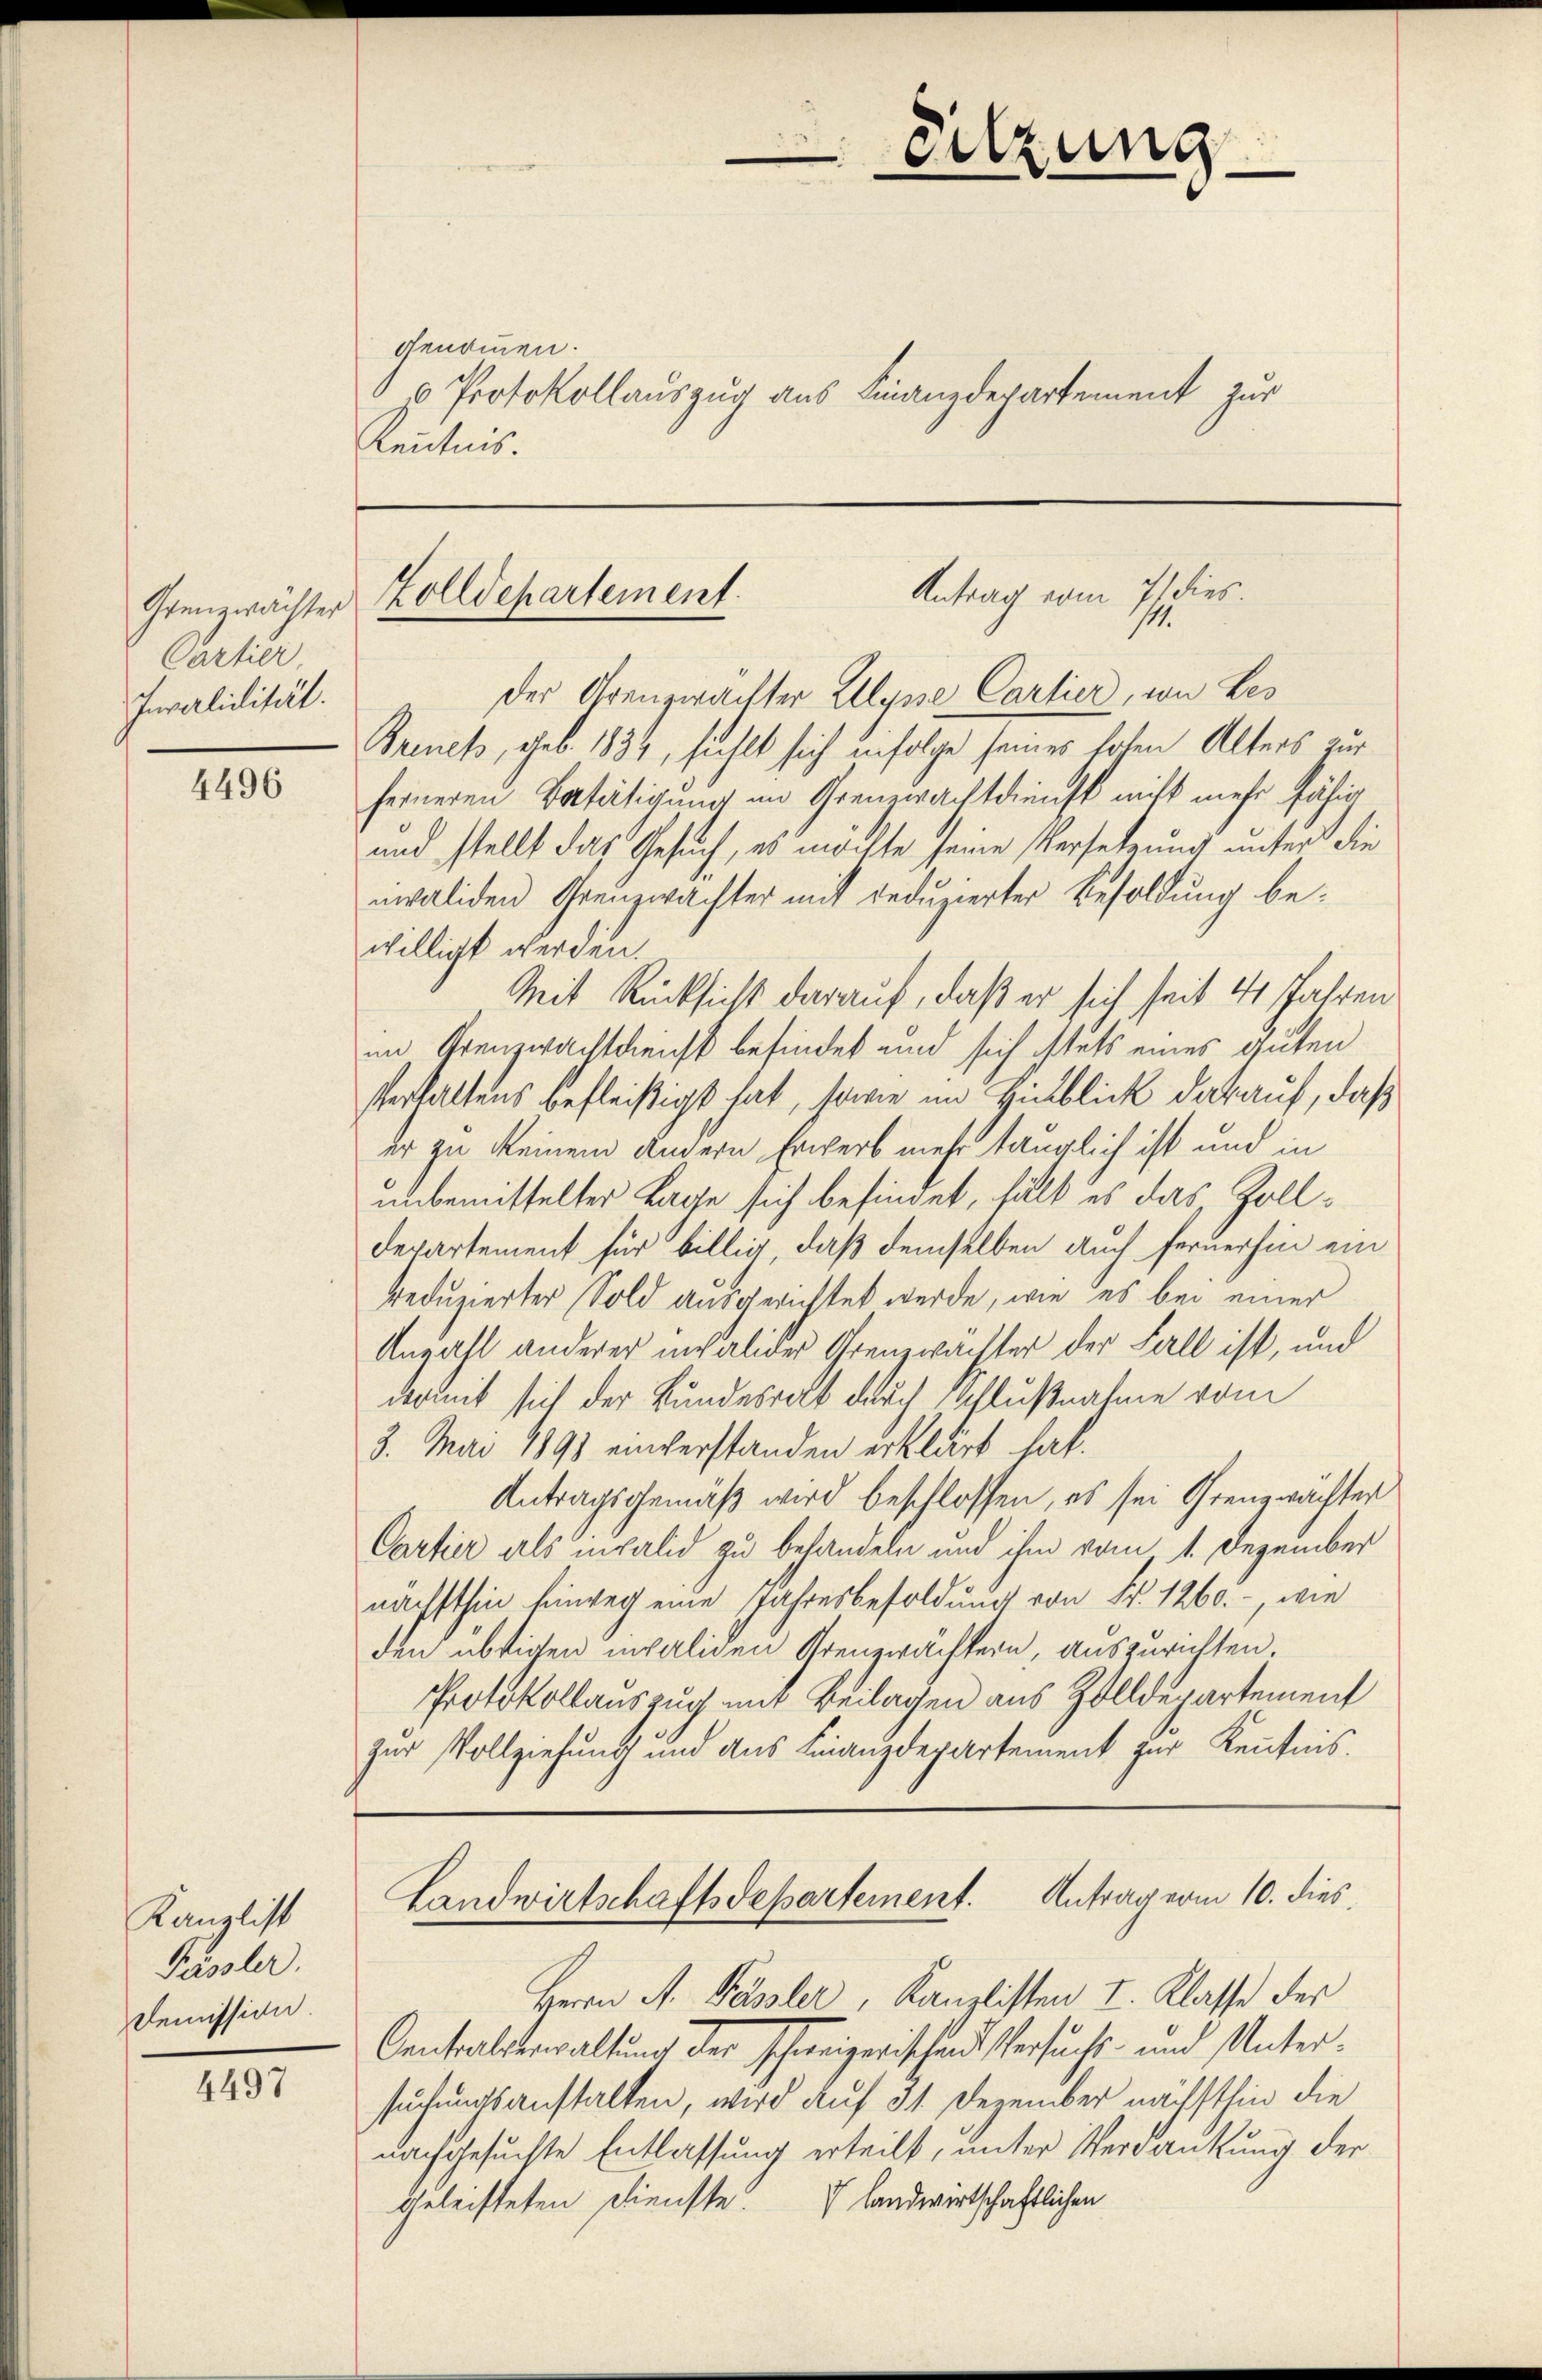
Grenzwächter
Cartier.
Invalidität.

4496

Kanzlist
Pässler.
Demission.

4497

genommen.
s Protokollauszug aus Finanzdepartement zur
Kenntnis.

Sitzung

Antrag vom 21 dies.
Zolldepartement.
111.

der Grenzwachter Illysse Carlier, von Bes
Frenes, geb. 1833, fühlt sich infolge seines hohen Alters zur
feineren Betätigung im Greuerachtdienst nicht mehr fähig
und stellt das Gesuch, es möchte seine Versetzung unter die
nwaliden Grenzwachter mit reduzierter Besoldung bewilligt werden.
Mit Rücksicht darauf, daß er sich seit 4 Jahren
im Grenzwachtgleicht befindet und sich istets eines guten
Verhaltens befleißigt hat, sowie im Hinblick darauf, daß
er zu keinem andern Erwerb mehr tauglich ist und in
unbemittelter Lage sich befindet, hält es das Zoll¬
Departement für billig, daß demselben auch fernerhin ein
redunierter Sold ausgerichtet werde, wie es bei einer
Anzahl anderer in alder Grenzwächter der Fall ist, und
womit sich der Bundesrat durch Schlußnahme vom
3. Mai 1891 einverstanden erklärt hat.
Antragsgemäß wird beschlossen, es sei Grenzwachter
Cartier als invalid zu behandeln und ihm vom 1. Dezember
nächsthin hinweg eine Jahresbesoldung von Fr. 1260. –, wie
den übrigen invaliden Grenzwachtern, auszurichten
Protokollauszug mit Beilagen aus Zolldepartement
zur Vollziehung und aus Finanzdepartement zur Kenntnis.

Landwirtschaftsdepartement. Antrag vom 10. dies
Herrn A. Bässler, Kanzlisten I. Klasse der

Centralsterwaltung der schweizerischendstersuchs- und Untersuchungsanstalten, wird auf 31. Dezember nächsthin die
nachgesuchte Entlassung erteilt, unter Verdankung der
geleisteten Dienste. V landwirtschaftlichen